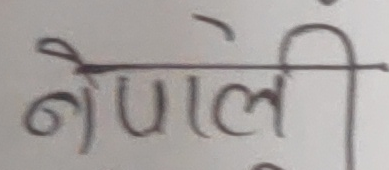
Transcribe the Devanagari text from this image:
नेपाली